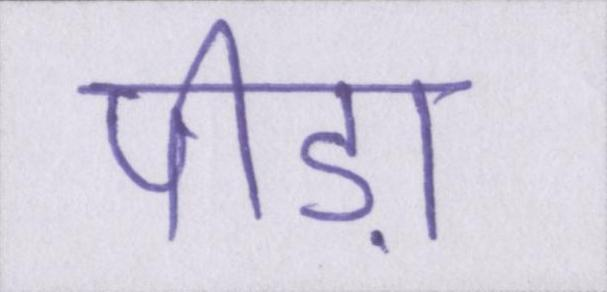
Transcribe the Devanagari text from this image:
पीड़ा